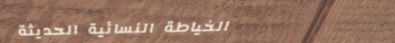
الخياطة النسائية الحديثة